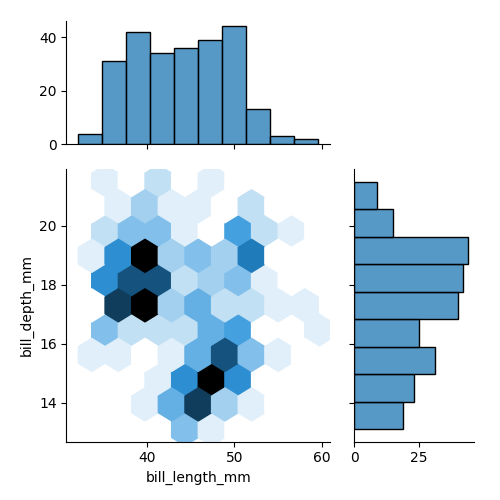
python, seaborn, jointplot, kind='hex', height='5', ratio='2', marginal_ticks='True'